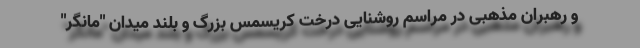
و رهبران مذهبی در مراسم روشنایی درخت کریسمس بزرگ و بلند میدان "مانگر"